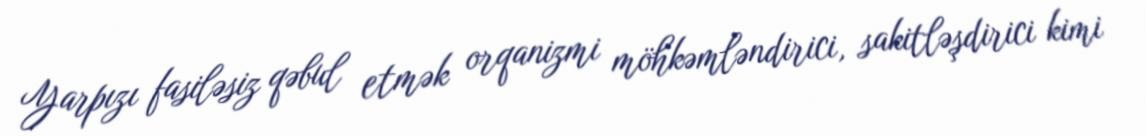
Yarpızı fasiləsiz qəbul etmək orqanizmi möhkəmləndirici, sakitləşdirici kimi